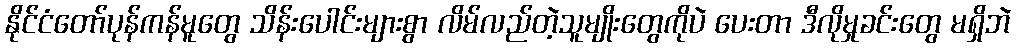
နိုင်ငံတော်ပုန်ကန်မူတွေ သိန်းပေါင်းများစွာ လိမ်လည်တဲ့သူမျိုးတွေကိုပဲ ပေးတာ ဒီလိုမှုခင်းတွေ မရှိဘဲ